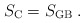
\begin{align*}S_{\mbox{\scriptsize C}}=S_{\mbox{\scriptsize GB}} \;.\end{align*}